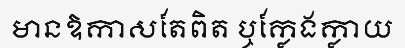
មានឱកាសតែពិត ឬក្លែងក្លាយ